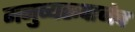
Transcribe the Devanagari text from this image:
मनुष्यरूपानेच